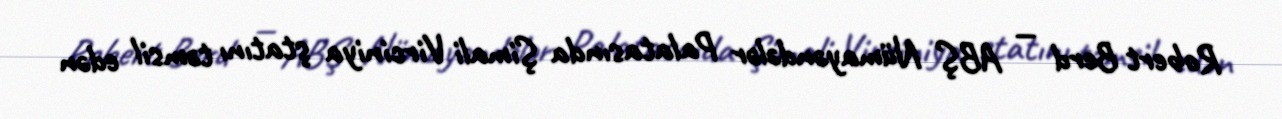
Robert Berd — ABŞ Nümayəndələr Palatasında Şimali Virciniya ştatını təmsil edən